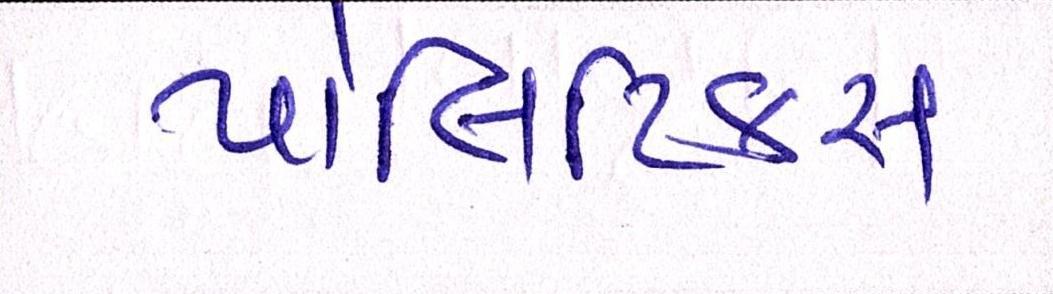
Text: પોલિટિકસ